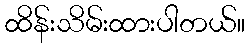
ထိန်းသိမ်းထားပါတယ်။